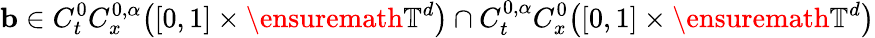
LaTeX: \mathbf{b}\in C_{t}^{0}C_{x}^{0,\alpha}\bigl([0,1]\times\ensuremath{\mathbb{T}}^{d}\bigr)\cap C_{t}^{0,\alpha}C_{x}^{0}\bigl([0,1]\times\ensuremath{\mathbb{T}}^{d}\bigr)